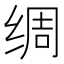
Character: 绸